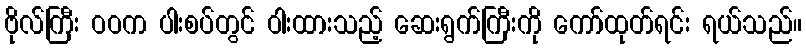
ဗိုလ်ကြီး ဝဝက ပါးစပ်တွင် ဝါးထားသည့် ဆေးရွက်ကြီးကို ကော်ထုတ်ရင်း ရယ်သည်။